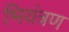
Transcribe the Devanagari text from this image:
भियंत्रण